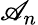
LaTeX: \mathscr{A}_{n}